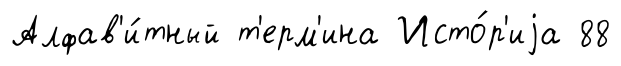
Алфав'и́тный т'ерм'ина Исто́р'иjа 88